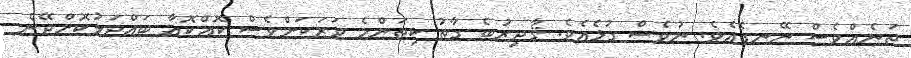
ތަނެއްވެސް ނޭނގެއެވެ. ނުވެސް ގުޅެއެވެ. ޤާދިރުބެ ގާތު ކިތަންމެ ވަރަކަށްވެސް ކޮއްކޮއާ ބައްދަލުކޮށްދޭން